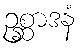
ဥစ္ဆာဒနံ